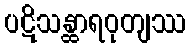
ပဋိသန္ထာရဝုတျဿ